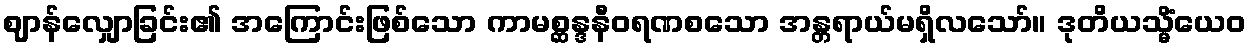
ဈာန်လျှောခြင်း၏ အကြောင်းဖြစ်သော ကာမစ္ဆန္ဒနီဝရဏစသော အန္တရာယ်မရှိလသော်။ ဒုတိယသ္မိံယေဝ